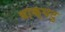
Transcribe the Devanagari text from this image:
वाक्‌पटु